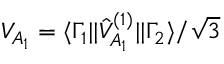
V _ { A _ { 1 } } = \langle \Gamma _ { 1 } | | \hat { V } _ { A _ { 1 } } ^ { ( 1 ) } | | \Gamma _ { 2 } \rangle / \sqrt { 3 }